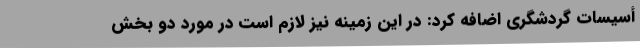
أسیسات گردشگری اضافه کرد: در این زمینه نیز لازم است در مورد دو بخش